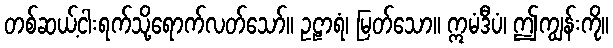
တစ်ဆယ့်ငါးရက်သို့ရောက်လတ်သော်။ ဥဠာရံ၊ မြတ်သော။ ဣမံဒီပံ၊ ဤကျွန်းကို။